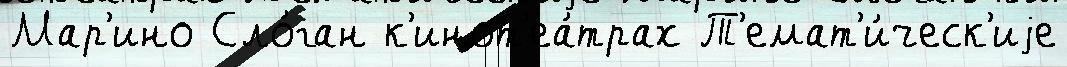
Мар'ино Сло́ган к'инот'еа́трах Т'емат'и́ческ'иjе